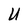
Character: U